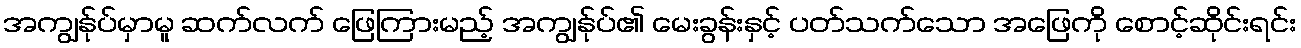
အကျွန်ုပ်မှာမူ ဆက်လက် ဖြေကြားမည့် အကျွန်ုပ်၏ မေးခွန်းနှင့် ပတ်သက်သော အဖြေကို စောင့်ဆိုင်းရင်း